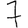
Digit: 7